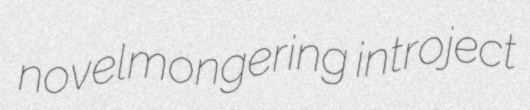
novelmongering introject